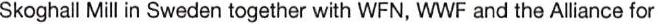
Skoghall Mill in Sweden together with WFN, WWF and the Alliance for